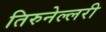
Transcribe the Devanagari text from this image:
तिरुनेल्लरी